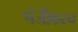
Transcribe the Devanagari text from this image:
पंजीकरन